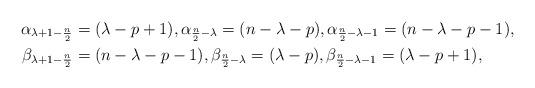
LaTeX: \begin{align*} \alpha_{\lambda+1-\frac n2}&=(\lambda-p+1),\alpha_{\frac n2-\lambda}=(n-\lambda-p), \alpha_{\frac n2-\lambda-1}=(n-\lambda-p-1),\\ \beta_{\lambda+1-\frac n2}&=(n-\lambda-p-1),\beta_{\frac n2-\lambda}=(\lambda-p), \beta_{\frac n2-\lambda-1}=(\lambda-p+1), \end{align*}